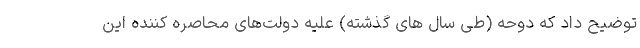
توضیح داد که دوحه (طی سال های گذشته) علیه دولت‌های محاصره کننده این